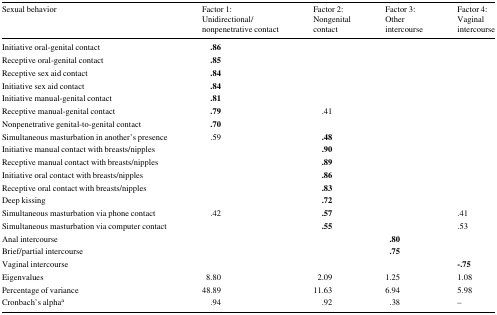
| Sexual behavior | Factor 1: Unidirectional/nonpenetrative contact | Factor 2: Nongenital contact | Factor 3: Other intercourse | Factor 4: Vaginal intercourse |
 | --- | --- | --- | --- | --- |
 | Initiative oral-genital contact | .86 |  |  |  |
 | Receptive oral-genital contact | .85 |  |  |  |
 | Receptive sex aid contact | .84 |  |  |  |
 | Initiative sex aid contact | .84 |  |  |  |
 | Initiative manual-genital contact | .81 |  |  |  |
 | Receptive manual-genital contact | .79 | .41 |  |  |
 | Nonpenetrative genital-to-genital contact | .70 |  |  |  |
 | Simultaneous masturbation in another’s presence | .59 | .48 |  |  |
 | Initiative manual contact with breasts/nipples |  | .90 |  |  |
 | Receptive manual contact with breasts/nipples |  | .89 |  |  |
 | Initiative oral contact with breasts/nipples |  | .86 |  |  |
 | Receptive oral contact with breasts/nipples |  | .83 |  |  |
 | Deep kissing |  | .72 |  |  |
 | Simultaneous masturbation via phone contact | .42 | .57 |  | .41 |
 | Simultaneous masturbation via computer contact |  | .55 |  | .53 |
 | Anal intercourse |  |  | .80 |  |
 | Brief/partial intercourse |  |  | .75 |  |
 | Vaginal intercourse |  |  |  | -.75 |
 | Eigenvalues | 8.80 | 2.09 | 1.25 | 1.08 |
 | Percentage of variance | 48.89 | 11.63 | 6.94 | 5.98 |
 | Cronbach’s alphaa | .94 | .92 | .38 | – |